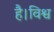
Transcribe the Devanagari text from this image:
है।विश्व